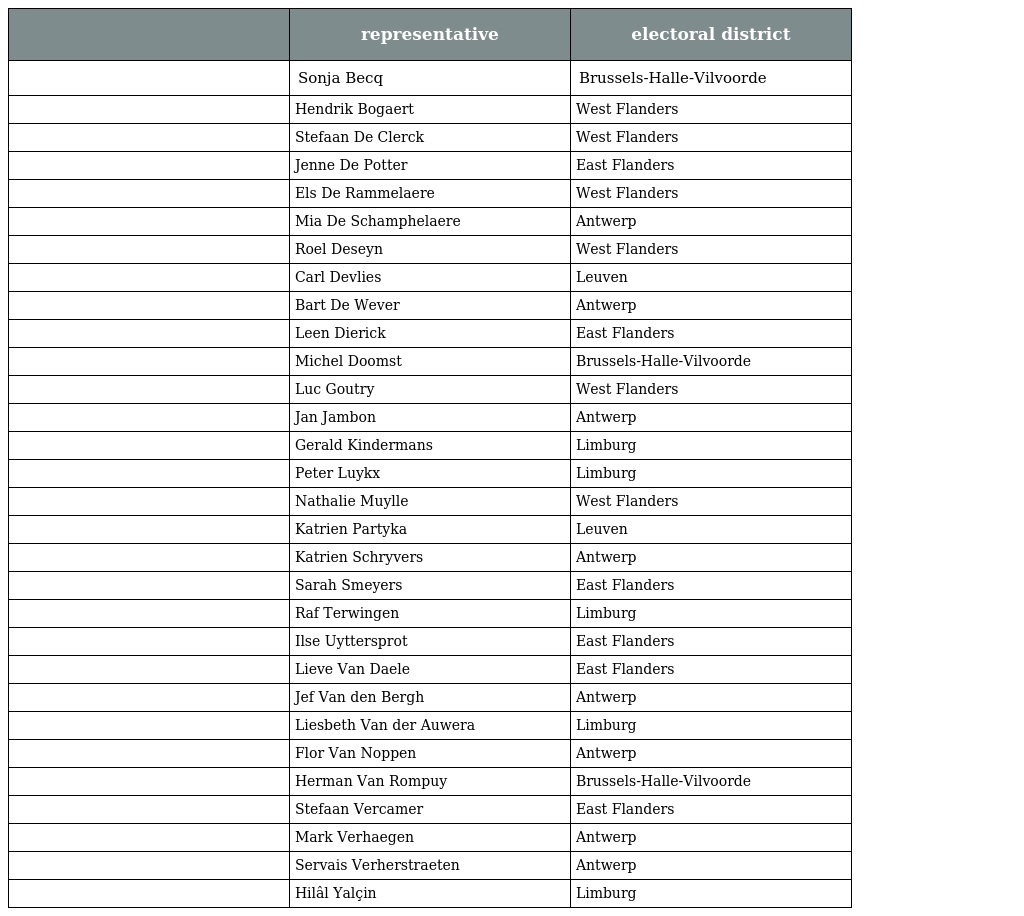
|  | representative | electoral district |
 | --- | --- | --- |
 |  | Sonja Becq | Brussels-Halle-Vilvoorde |
 |  | Hendrik Bogaert | West Flanders |
 |  | Stefaan De Clerck | West Flanders |
 |  | Jenne De Potter | East Flanders |
 |  | Els De Rammelaere | West Flanders |
 |  | Mia De Schamphelaere | Antwerp |
 |  | Roel Deseyn | West Flanders |
 |  | Carl Devlies | Leuven |
 |  | Bart De Wever | Antwerp |
 |  | Leen Dierick | East Flanders |
 |  | Michel Doomst | Brussels-Halle-Vilvoorde |
 |  | Luc Goutry | West Flanders |
 |  | Jan Jambon | Antwerp |
 |  | Gerald Kindermans | Limburg |
 |  | Peter Luykx | Limburg |
 |  | Nathalie Muylle | West Flanders |
 |  | Katrien Partyka | Leuven |
 |  | Katrien Schryvers | Antwerp |
 |  | Sarah Smeyers | East Flanders |
 |  | Raf Terwingen | Limburg |
 |  | Ilse Uyttersprot | East Flanders |
 |  | Lieve Van Daele | East Flanders |
 |  | Jef Van den Bergh | Antwerp |
 |  | Liesbeth Van der Auwera | Limburg |
 |  | Flor Van Noppen | Antwerp |
 |  | Herman Van Rompuy | Brussels-Halle-Vilvoorde |
 |  | Stefaan Vercamer | East Flanders |
 |  | Mark Verhaegen | Antwerp |
 |  | Servais Verherstraeten | Antwerp |
 |  | Hilâl Yalçin | Limburg |